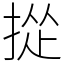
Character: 㧿